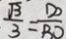
\frac { \sqrt { 3 } } { 3 } = \frac { D O } { B O }